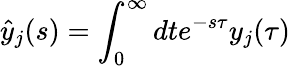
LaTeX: \hat{y}_{j}(s)=\int_{0}^{\infty}dte^{-s\tau}y_{j}(\tau)